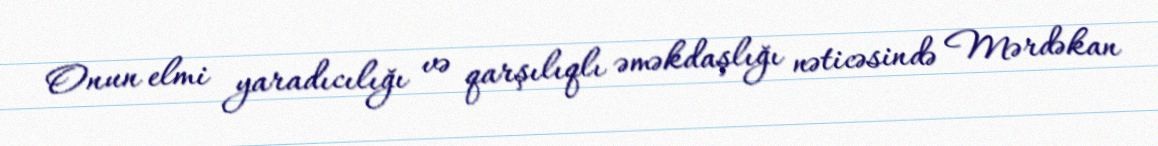
Onun elmi yaradıcılığı və qarşılıqlı əməkdaşlığı nəticəsində Mərdəkan